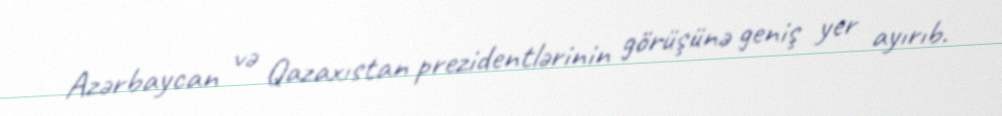
Azərbaycan və Qazaxıstan prezidentlərinin görüşünə geniş yer ayırıb.